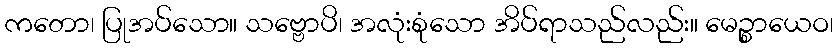
ကတော၊ ပြုအပ်သော။ သဗ္ဗောပိ၊ အလုံးစုံသော အိပ်ရာသည်လည်း။ မေဉ္စာယေဝ၊